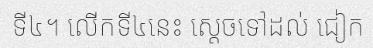
ទី៤។ លើកទី៤នេះ ស្តេចទៅដល់ ជៀក